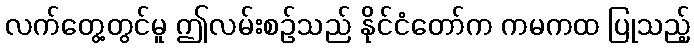
လက်တွေ့တွင်မူ ဤလမ်းစဉ်သည် နိုင်ငံတော်က ကမကထ ပြုသည့်